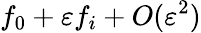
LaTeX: f_{0}+\varepsilon f_{i}+O(\varepsilon^{2})